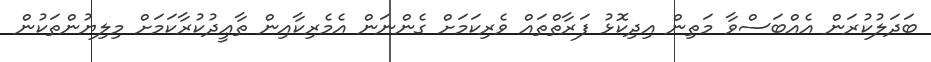
ބަދަލުކުރަން އެއްބަސްވާ މަތިން އިދިކޮޅު ފަރާތްތައް ވެރިކަމަށް ގެންނަން އެމެރިކާއިން ތާޢީދުކުރާކަމަށް މިލިޔުންތަކުން